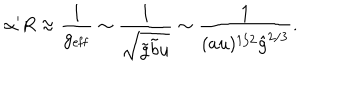
\alpha ^ { \prime } R \approx \frac { 1 } { g _ { \mathrm { e f f } } } \sim \frac { 1 } { \sqrt { \tilde { g } \tilde { b } u } } \sim \frac { 1 } { ( a u ) ^ { 1 / 2 } { \hat { g } } ^ { 2 / 3 } } .